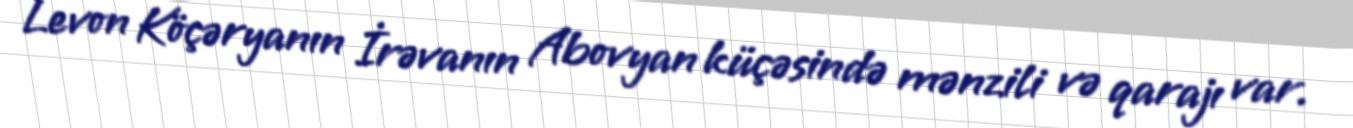
Levon Köçəryanın İrəvanın Abovyan küçəsində mənzili və qarajı var.